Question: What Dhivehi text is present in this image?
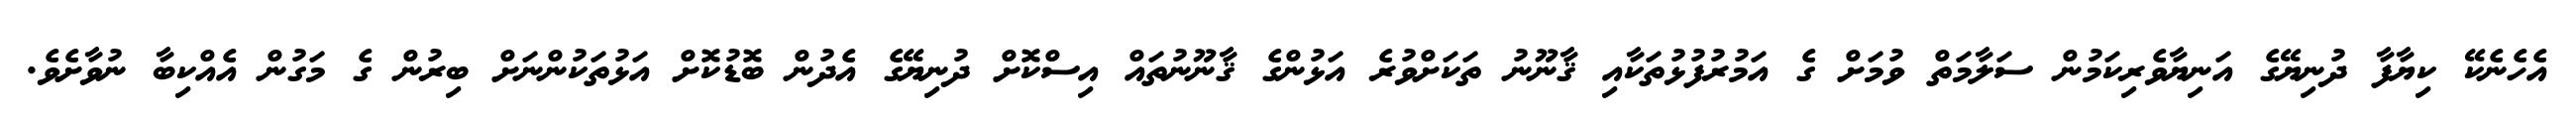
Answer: އެހެނެކޭ ކިޔާފާ ދުނިޔޭގެ އަނިޔާވެރިކަމުން ސަލާމަތް ވުމަށް ގެ އަމުރުފުޅުތަކާއި ޤާނޫނު ތަކަށްވުރެ އަޅުންގެ ޤާނޫނުތައް އިސްކޮށް ދުނިޔޭގެ އެދުން ބޮޑުކޮށް އަޅުތަކުންނަށް ބިރުން ގެ މަގުން އެއްކިބާ ނުވާށެވެ.